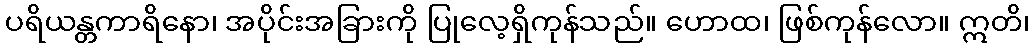
ပရိယန္တကာရိနော၊ အပိုင်းအခြားကို ပြုလေ့ရှိကုန်သည်။ ဟောထ၊ ဖြစ်ကုန်လော။ ဣတိ၊